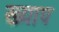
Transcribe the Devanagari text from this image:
ख्याप